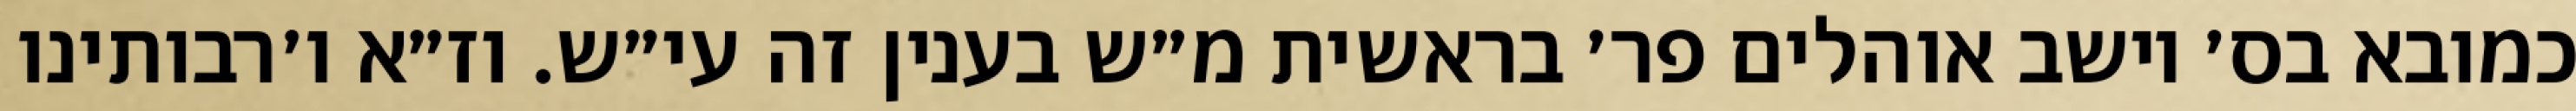
כמובא בס׳ יושב אוהלים פר׳ בראשית מ״ש בענין זה עי״ש. וז״א ו׳רבותינו